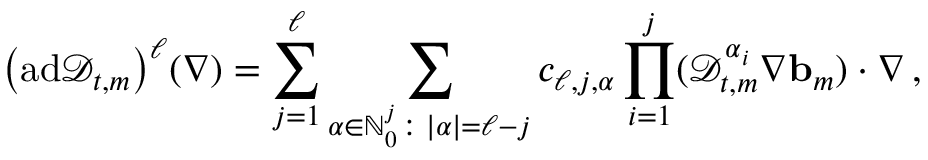
\bigl ( \mathrm { a d } \mathscr { D } _ { t , m } \bigr ) ^ { \ell } ( \nabla ) = \sum _ { j = 1 } ^ { \ell } \sum _ { { \boldsymbol { \alpha } } \in \ensuremath { \mathbb { N } } _ { 0 } ^ { j } \colon | { \boldsymbol { \alpha } } | = \ell - j } c _ { \ell , j , { \boldsymbol { \alpha } } } \prod _ { i = 1 } ^ { j } ( \mathscr { D } _ { t , m } ^ { { \boldsymbol { \alpha } } _ { i } } \nabla \ensuremath { \mathbf { b } } _ { m } ) \cdot \nabla \, ,